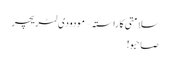
سلامتی کا راستہ – مودودی لٹریچر
صاحبو!